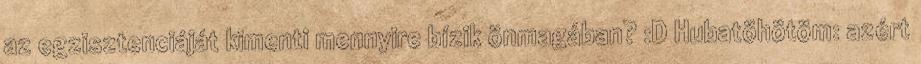
az egzisztenciáját kimenti mennyire bízik önmagában? :D Hubatöhötöm: azért